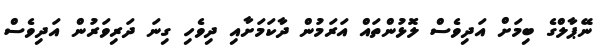
ނޭޕާލްގެ ބިމަށް އަދިވެސް ލޮޅުންތައް އަރަމުން ދާކަމަށާއި ދިވެހި ގިނަ ދަރިވަރުން އަދިވެސް